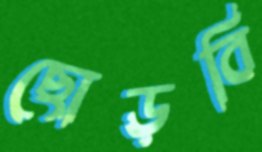
ছোড়বি